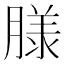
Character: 𮌮